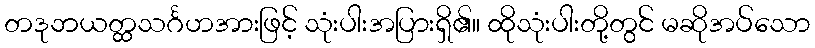
တဒုဘယတ္ထသင်္ဂဟအားဖြင့် သုံးပါးအပြားရှိ၏။ ထိုသုံးပါးတို့တွင် မဆိုအပ်သော